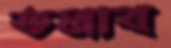
তলাব